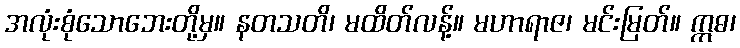
အလုံးစုံသောဘေးတို့မှ။ နတသတိ၊ မထိတ်လန့်။ မဟာရာဇ၊ မင်းမြတ်။ ဣဓ၊